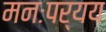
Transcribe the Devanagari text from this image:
मनःपर्यय